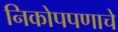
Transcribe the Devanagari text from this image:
निकोपपणाचे